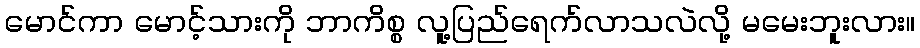
မောင်ကာ မောင့်သားကို ဘာကိစ္စ လူ့ပြည်ရေက်လာသလဲလို့ မမေးဘူးလား။